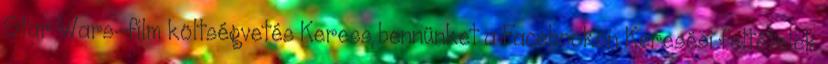
Star Wars-film költségvetés Keress bennünket a Facebookon Keresési feltételek